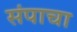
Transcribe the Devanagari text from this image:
संपाचा